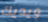
ويديك